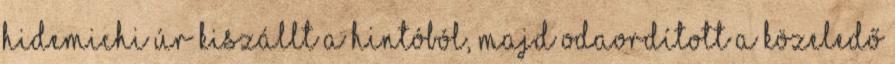
Hidemichi úr kiszállt a hintóból, majd odaordított a közeledő